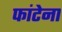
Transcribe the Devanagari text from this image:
फांटेना